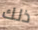
ذلك